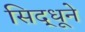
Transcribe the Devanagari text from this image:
सिद्धूने